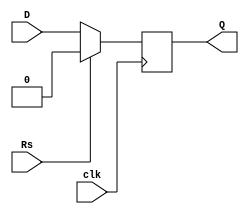
`timescale 1ns / 1ps
//////////////////////////////////////////////////////////////////////////////////
// Company: Sukkur IBA University 
// 
// Design Structural: 
// Module Name: D_Flip_Flop
// Project: CLA: 
// Target: Nexys4 DDR  
// VIVADO 2016.2: 
// Description: 
// 
// Dependencies: 
// 
// Revision:
// Revision 0.01 - File Created
// Additional Comments:
// 
//////////////////////////////////////////////////////////////////////////////////


module D_Flipflop(D,clk,Rs,Q);
input D; // Data input 
input clk; // clock input 
input Rs; // synchronous reset 
output reg Q; // output Q 
always @(posedge clk) 
    begin
        if(Rs==1'b1)
             Q <= 1'b0; 
        else 
             Q <= D; 
    end 
endmodule